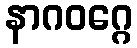
နာဂဝဂ္ဂေ